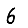
Digit: 6